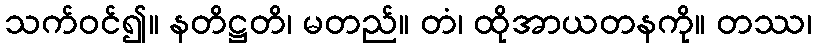
သက်ဝင်၍။ နတိဋ္ဌတိ၊ မတည်။ တံ၊ ထိုအာယတနကို။ တဿ၊